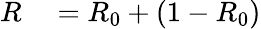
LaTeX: \begin{array}{rl}{R}&{{}=R_{0}+(1-R_{0})}\end{array}